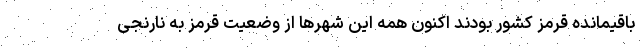
باقیمانده قرمز کشور بودند اکنون همه این شهرها از وضعیت قرمز به نارنجی